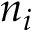
n _ { i }